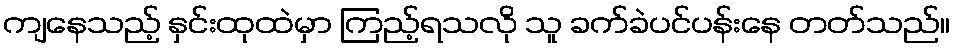
ကျနေသည့် နှင်းထုထဲမှာ ကြည့်ရသလို သူ ခက်ခဲပင်ပန်းနေ တတ်သည်။